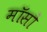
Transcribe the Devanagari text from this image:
मॉसों